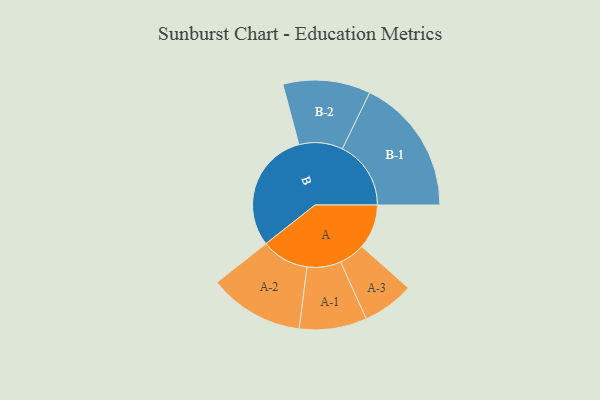
{"axis": {"x": "Segment", "y": "Value"}, "legend": ["", "A", "B"], "data": [{"x": "A", "y": 174, "type": ""}, {"x": "B", "y": 474, "type": ""}, {"x": "A-1", "y": 132, "type": "A"}, {"x": "A-2", "y": 186, "type": "A"}, {"x": "A-3", "y": 101, "type": "A"}, {"x": "B-1", "y": 268, "type": "B"}, {"x": "B-2", "y": 171, "type": "B"}]}